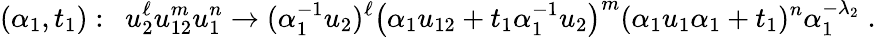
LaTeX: (\alpha_{1},t_{1}):\ \ u_{2}^{\ell}u_{12}^{m}u_{1}^{n}\to(\alpha_{1}^{-1}u_{2})^{\ell}\left(\alpha_{1}u_{12}+t_{1}\alpha_{1}^{-1}u_{2}\right)^{m}(\alpha_{1}u_{1}\alpha_{1}+t_{1})^{n}\alpha_{1}^{-\lambda_{2}}\; .